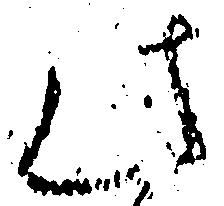
此